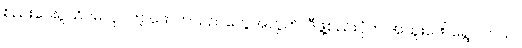
စည်းဝေးပွဲသိပ်မလုပ်တဲ့ ဖောက်သည်တွေအတွက်၊ ဒီဖွဲ့စည်းပုံက အထူးဖော်ရွေပါတယ်။